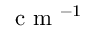
\textrm { c m } ^ { - 1 }